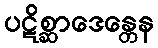
ပဋိစ္ဆာဒေန္တေန